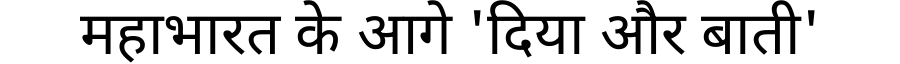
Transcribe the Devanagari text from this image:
महाभारत के आगे 'दिया और बाती'